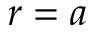
r = a